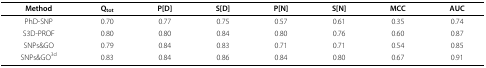
<table><thead><tr><td><b>Method</b></td><td><b>Q<sub>tot</sub></b></td><td><b>P[D]</b></td><td><b>S[D]</b></td><td><b>P[N]</b></td><td><b>S[N]</b></td><td><b>MCC</b></td><td><b>AUC</b></td></tr></thead><tbody><tr><td>PhD-SNP</td><td>0.70</td><td>0.77</td><td>0.75</td><td>0.57</td><td>0.61</td><td>0.35</td><td>0.74</td></tr><tr><td>S3D-PROF</td><td>0.80</td><td>0.80</td><td>0.84</td><td>0.80</td><td>0.76</td><td>0.60</td><td>0.87</td></tr><tr><td>SNPs&amp;GO</td><td>0.79</td><td>0.84</td><td>0.83</td><td>0.71</td><td>0.71</td><td>0.54</td><td>0.85</td></tr><tr><td>SNPs&amp;GO<sup>3d</sup></td><td>0.83</td><td>0.84</td><td>0.86</td><td>0.84</td><td>0.80</td><td>0.67</td><td>0.91</td></tr></tbody></table>